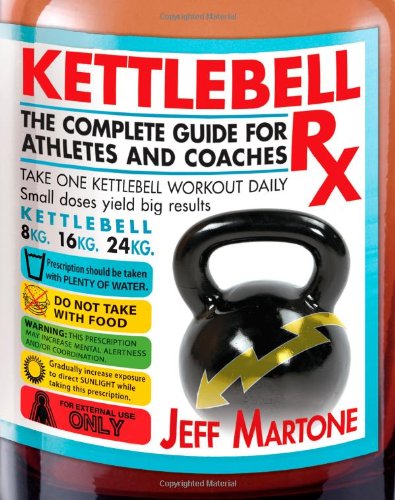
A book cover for Kettlebell Rx: The Complete Guide for Athletes and Coaches; Jeff Martone; Health, Fitness & Dieting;